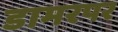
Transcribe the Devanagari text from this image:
डामरपर